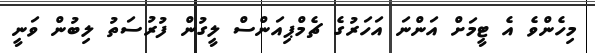
މިހެންވެ އެ ޓީމަށް އަންނަ އަހަރުގެ ޗެމްޕިއަންސް ލީގުން ފުރުސަތު ލިބުން ވަނީ